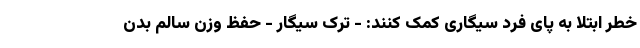
خطر ابتلا به پای فرد سیگاری کمک کنند: - ترک سیگار - حفظ وزن سالم بدن